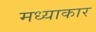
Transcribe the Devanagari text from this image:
मध्याकार